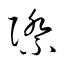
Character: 際